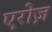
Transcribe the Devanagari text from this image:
एरोज़